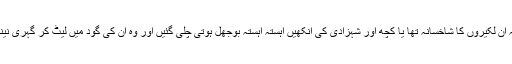
اب اللہ جانے یہ ان لکیروں کا شاخسانہ تھا یا کچھ اور شہزادی کی آنکھیں آہستہ آہستہ بوجھل ہوتی چلی گئیں اور وہ ان کی گود میں لیٹ کر گہری نیند میں چلی گئی۔